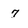
Character: 7